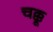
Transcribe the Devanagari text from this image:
चक्कू